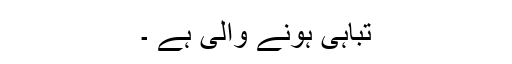
تباہی ہونے والی ہے ۔